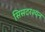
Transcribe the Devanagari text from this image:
सिसटरश्यन